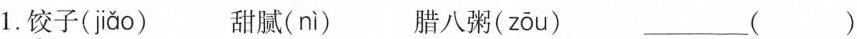
1.饺子( jiǎo ) 甜腻( nì ) 腊八粥( zōu ) ___()